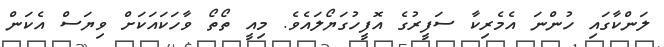
ލަންކާގައި ހުންނަ އެމެރިކާ ސަފީރުގެ އޮފީހުގަޔޯލައެވެ. މިއީ ތޯތޯ ވާހަކައަކަށް ވިޔަސް އެކަން